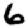
Digit: 6